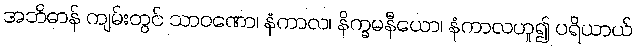
အဘိဓာန် ကျမ်းတွင် သာဝဏော၊ နံကာလ၊ နိက္ခမနီယော၊ နံကာလဟူ၍ ပရိယာယ်